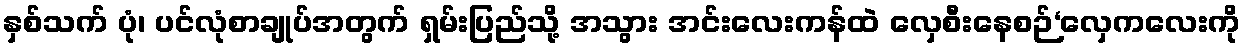
နှစ်သက် ပုံ၊ ပင်လုံစာချုပ်အတွက် ရှမ်းပြည်သို့ အသွား အင်းလေးကန်ထဲ လှေစီးနေစဉ်‘လှေကလေးကို